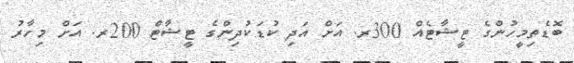
ބޮޑެތިމީހުންގެ ޓީޝާޓެއް 300ރ. އަށް އަދި ކުޑަކުދިންގެ ޓީޝާޓް 200ރ. އަށް މިހާރު